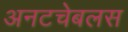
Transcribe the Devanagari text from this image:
अनटचेबलस